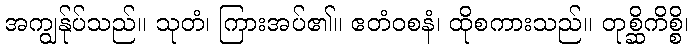
အကျွန်ုပ်သည်။ သုတံ၊ ကြားအပ်၏။ ဧတံဝစနံ၊ ထိုစကားသည်။ တုစ္ဆိကိစ္စိ၊